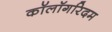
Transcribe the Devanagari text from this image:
कॉलॉगरिदम